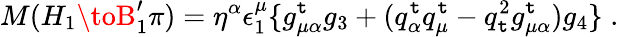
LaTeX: M(H_{1}\toB_{1}^{\prime}\pi)=\eta^{\alpha}\epsilon_{1}^{\mu}\{ g_{\mu\alpha}^{\mathtt{t}}g_{3}+(q_{\alpha}^{\mathtt{t}}q_{\mu}^{\mathtt{t}}-q_{\mathtt{t}}^{2}g_{\mu\alpha}^{\mathtt{t}})g_{4}\} \; .